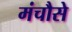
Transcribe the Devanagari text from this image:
मंचौसे